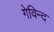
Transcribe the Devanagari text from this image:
गेविन्द